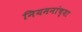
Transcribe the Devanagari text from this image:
नियमनांच्या